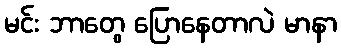
မင်း ဘာတွေ ပြောနေတာလဲ မာနာ